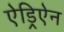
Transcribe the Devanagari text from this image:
ऐड्रिऐन